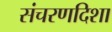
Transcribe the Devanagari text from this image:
संचरणदिशा